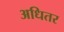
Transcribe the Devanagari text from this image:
अधितर